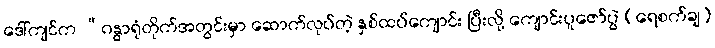
ဒေါ်ကျင်က “ဂန္ဓာရုံတိုက်အတွင်းမှာ ဆောက်လုပ်တဲ့ နှစ်ထပ်ကျောင်း ပြီးလို့ ကျောင်းပူဇော်ပွဲ (ရေစက်ချ)